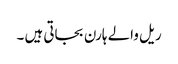
ریل والے ہارن بجاتی ہیں ۔